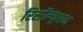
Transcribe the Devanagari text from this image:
रिसॉल्यूशन